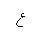
Letter: _ayn